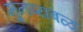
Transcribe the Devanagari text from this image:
मुनष्यबळ